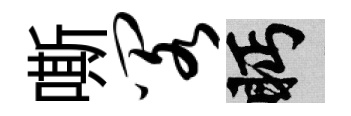
嘶阁眄